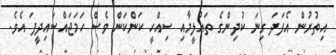
އިތުރުން އެފަދަ ގިނަ ކުދިންގެ ތައުލީމާއި ސިއްހީ ކަންކަން ވެސް ހަމަޖައްސައިދީފަ އެވެ.